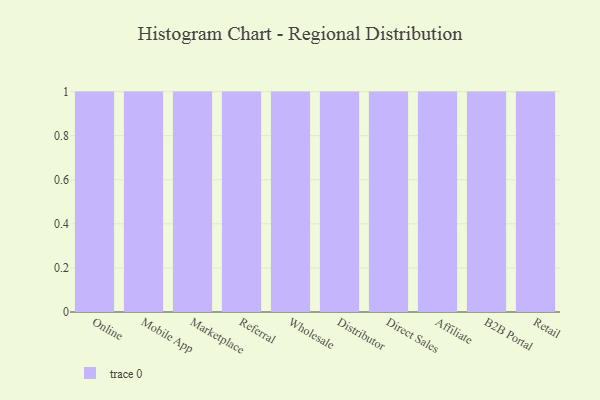
{"axis": {"x": "Channel", "y": "Backlog"}, "legend": [""], "data": [{"x": "Online", "y": 14, "type": ""}, {"x": "Mobile App", "y": 77, "type": ""}, {"x": "Marketplace", "y": 62, "type": ""}, {"x": "Referral", "y": 61, "type": ""}, {"x": "Wholesale", "y": 15, "type": ""}, {"x": "Distributor", "y": 7, "type": ""}, {"x": "Direct Sales", "y": 95, "type": ""}, {"x": "Affiliate", "y": 84, "type": ""}, {"x": "B2B Portal", "y": 95, "type": ""}, {"x": "Retail", "y": 15, "type": ""}]}